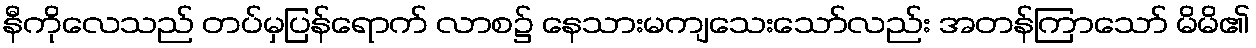
နီကိုလေသည် တပ်မှပြန်ရောက် လာစ၌ နေသားမကျသေးသော်လည်း အတန်ကြာသော် မိမိ၏